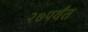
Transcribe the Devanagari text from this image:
२७पर्यंत